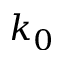
k _ { 0 }